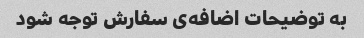
به توضیحات اضافه‌ی سفارش توجه شود